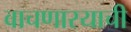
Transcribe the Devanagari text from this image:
वाचणारयाची